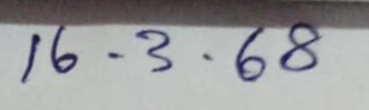
16 . 3 . 68